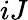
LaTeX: iJ